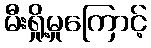
မီးရှို့မှုကြောင့်